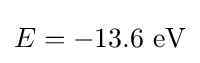
E=\mathrm {-13.6\ eV}